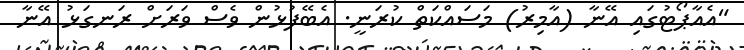
"އެއާޕޯޓުގައި އޭނާ (އާމިރު) މަސައްކަތް ކުރަނީ. އެބޭފުޅުން ވެސް ވަރަށް ރަނގަޅު އޭނާ